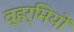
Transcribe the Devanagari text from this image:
व्हर्मियों